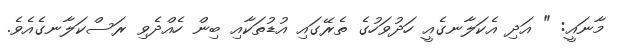
މާނައީ: " އަދި އެކަލާނގެއީ ހަދުވަހުގެ ތެރޭގައި އުޑުތަކާއި ބިން ހެއްދެވި ރަސްކަލާނގެއެވެ.